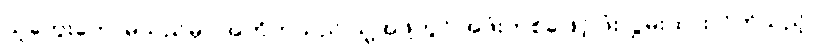
သူတွေးတောမိသည်မှာ အတိတ်သည် သူ့အဖို့တွင် အဖုံးတစ်ခုဖြင့် ဖုံးလွှမ်းထားလိုက်သည့်